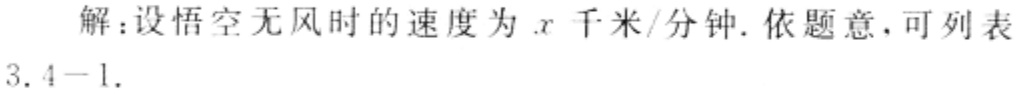
解：设悟空无风时的速度为\(x\)千米/分钟. 依题意，可列表
3.4 - 1.